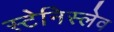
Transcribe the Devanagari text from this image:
स्टेनिस्लेव